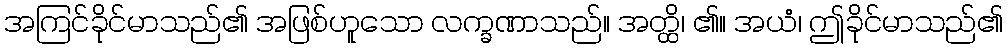
အကြင်ခိုင်မာသည်၏ အဖြစ်ဟူသော လက္ခဏာသည်။ အတ္ထိ၊ ၏။ အယံ၊ ဤခိုင်မာသည်၏